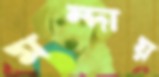
মন্দায়